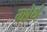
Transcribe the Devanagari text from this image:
यशेर्थ